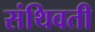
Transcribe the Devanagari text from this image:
संथिवती